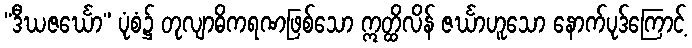
“ဒီဃဇင်္ဃော” ပုံစံ၌ တုလျာဓိကရဏဖြစ်သော ဣတ္ထိလိန် ဇင်္ဃာဟူသော နောက်ပုဒ်ကြောင့်